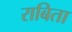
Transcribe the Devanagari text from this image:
राबिता